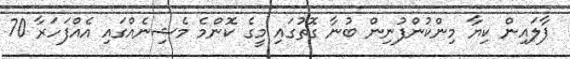
ޕާލައިން ކިޔާ މިންކުންފުނިން ބުނާ ގޮތުގައި މީގެ ކޮންމެ މެޝިނެއްގައި އެއްފަހަރާ 70